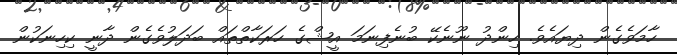
ހާމަވެގެން ދިޔައެވެ. ހިންދު ނޫނެކޭ ބުނެފިނަމަ އީޝްގެ ހަރަކާތްތައް ބަދަލުވެގެން ދާނީ ކިހިނަކުން